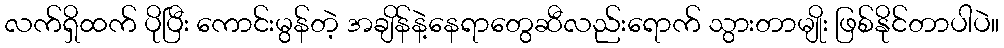
လက်ရှိထက် ပိုပြီး ကောင်းမွန်တဲ့ အချိန်နဲ့နေရာတွေဆီလည်းရောက် သွားတာမျိုး ဖြစ်နိုင်တာပါပဲ။